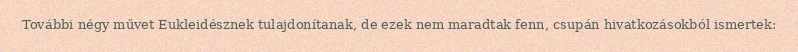
További négy művet Eukleidésznek tulajdonítanak, de ezek nem maradtak fenn, csupán hivatkozásokból ismertek: